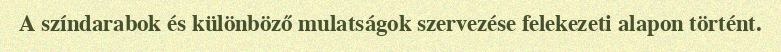
A színdarabok és különböző mulatságok szervezése felekezeti alapon történt.